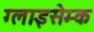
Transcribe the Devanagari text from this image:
ग्लाइसेम्क